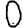
Digit: 0